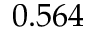
0 . 5 6 4